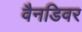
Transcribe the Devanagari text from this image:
वैनडिवर